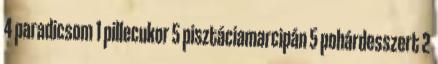
4 paradicsom 1 pillecukor 5 pisztáciamarcipán 5 pohárdesszert 2